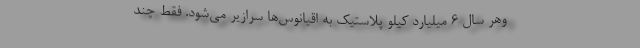
وهر سال ۶ میلیارد کیلو پلاستیک به اقیانوس‌ها سرازیر می‌شود. فقط چند